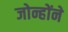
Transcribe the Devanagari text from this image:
जोन्होंने